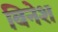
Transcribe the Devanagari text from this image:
बिनेश